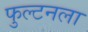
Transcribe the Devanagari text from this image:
फुल्टनला